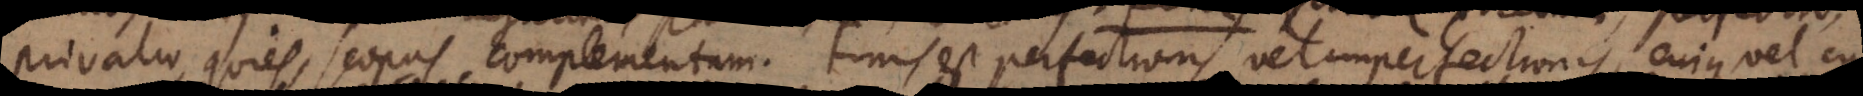
privatio, quies, scopus, complementum. Finis est perfectionis vel imperfectionis, cujus vel c